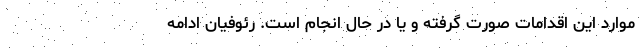
موارد این اقدامات صورت گرفته و یا در حال انجام است. رئوفیان ادامه